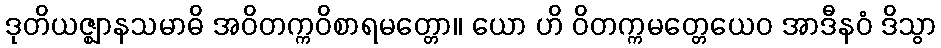
ဒုတိယဇ္ဈာနသမာဓိ အဝိတက္ကဝိစာရမတ္တော။ ယော ဟိ ဝိတက္ကမတ္တေယေဝ အာဒီနဝံ ဒိသွာ